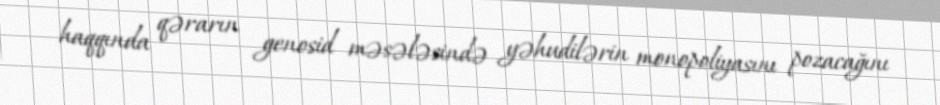
haqqında qərarın genosid məsələsində yəhudilərin monopoliyasını pozacağını